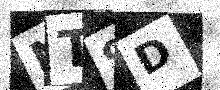
Text: NT9D